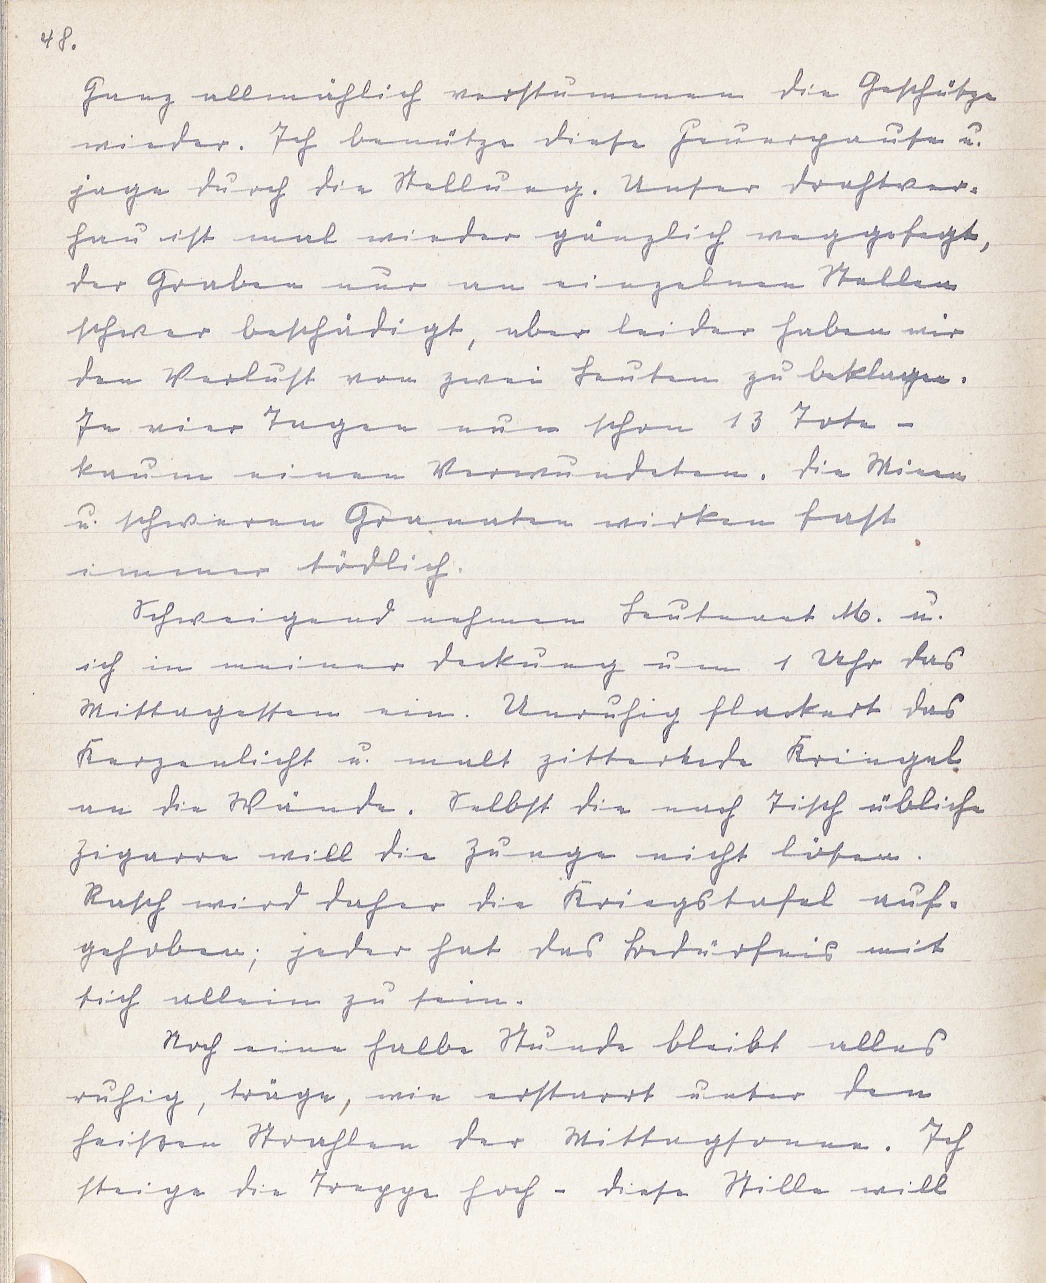
48.
Ganz allmählich verstummen die Geschütze
wieder. Ich benütze diese Feuerpause u.
jage durch die Stellung. Unser Drahtver¬
hau ist mal wieder gänzlich weggefegt,
der Graben nur an einzelnen Stellen
schwer beschädigt, aber leider haben wir
den Verlust von zwei Leuten zu beklagen.
In vier Tagen nun schon 13 Tote -
kaum einen Verwundeten. Die Minen
u. schweren Granaten wirken fast
immer tödlich.
Schweigend nehmen Leutnant M. u.
ich in meiner Deckung um 1 Uhr das
Mittagessen ein. Unruhig flackert das
Kerzenlicht u. malt zitternde Kringel
an die Wände. Selbst die nach Tisch übliche
Zigarre will die Zunge nicht lösen.
Rasch wird daher die Kriegstafel auf¬
gehoben; jeder hat das Bedürfnis mit
sich allein zu sein.
Noch eine halbe Stunde bleibt alles
ruhig, träge, wie erstarrt unter den
heißen Strahlen der Mittagssonne. Ich
steige die Treppe hoch - diese Stille will